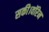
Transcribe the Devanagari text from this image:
सकी।वॉरेन